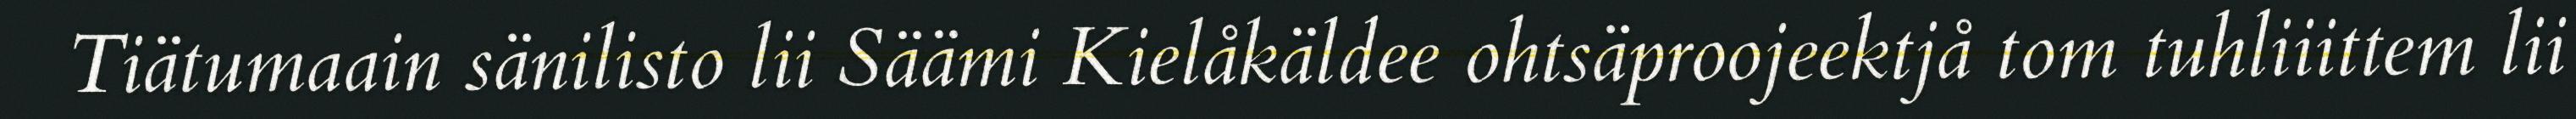
Tiätumaain sänilisto lii Säämi Kielåkäldee ohtsäproojeektjå tom tuhliiittem lii